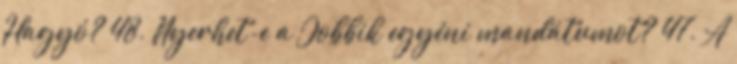
Hagyó? 48. Nyerhet-e a Jobbik egyéni mandátumot? 47. A